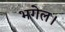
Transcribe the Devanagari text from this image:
भगेल।